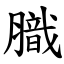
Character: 膱